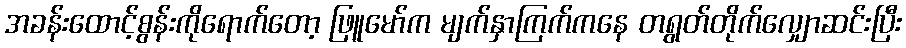
အခန်းထောင့်စွန်းကိုရောက်တော့ ဖြူမော်က မျက်နှာကြက်ကနေ တရွတ်တိုက်လျှောဆင်းပြီး